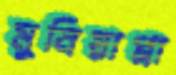
মুনিয়াপ্পা